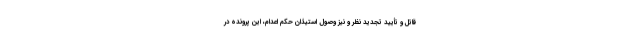
قاتل و تأیید تجدید نظر و نیز وصول استیذان حکم اعدام، این پرونده در